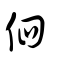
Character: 伵